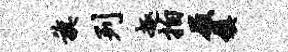
旗列趣拍屐镇